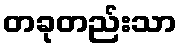
တခုတည်းသာ